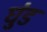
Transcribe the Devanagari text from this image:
घुंड